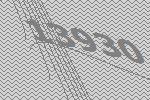
13930